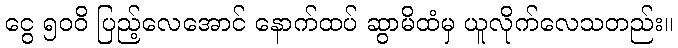
ငွေ ၅၀၀ိ ပြည့်လေအောင် နောက်ထပ် ဆွာမိထံမှ ယူလိုက်လေသတည်း။